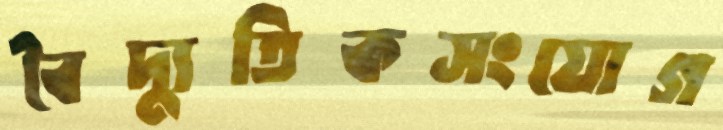
বৈদ্যুতিকসংযোগ